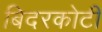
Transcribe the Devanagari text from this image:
बिदरकोटी